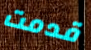
قدمت